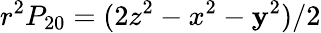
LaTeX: r^{2}P_{20}=(2z^{2}-x^{2}-\mathbf{y}^{2})/2